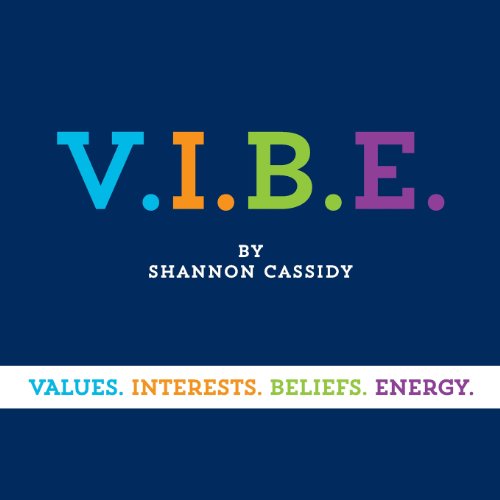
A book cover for V.I.B.E.; Cassidy Shannon; Self-Help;